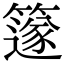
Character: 𥴦